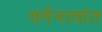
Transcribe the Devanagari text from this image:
वर्गनावांत